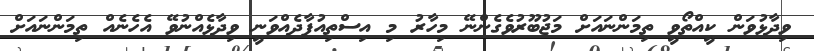
ވިދާޅުވަން ކީއްތޯވީ ތިމަންނައަށް މަޖުބޫރުވެގެންނޭ މިހާރު މި އިސްތިއުފާދެއްވަނީ ވިދާޅެއްނުވޭ އެހެނެއް ތިމަންނައަށް